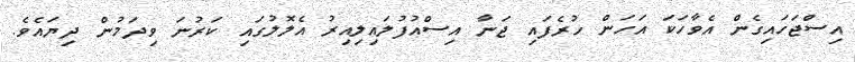
އިސްޖަހައިގެން އެވާހަކަ އަހަން ހުރެފައި ޖަނާ އިސްއުފުލައިލިއިރު އެލޮލުގައި ކަރުނަ ވިދަމުން ދިޔައެވެ.